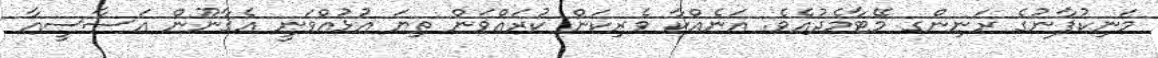
މަނިކުފާނުގެ ރަނިންގ މޭޓާމެދުއެވެ. އަނެއްކާ ވެރިކަން ކުރައްވަން ތިޔަ އުޅުއްވަނީ އެޤާނޫން އަސާސީއާ